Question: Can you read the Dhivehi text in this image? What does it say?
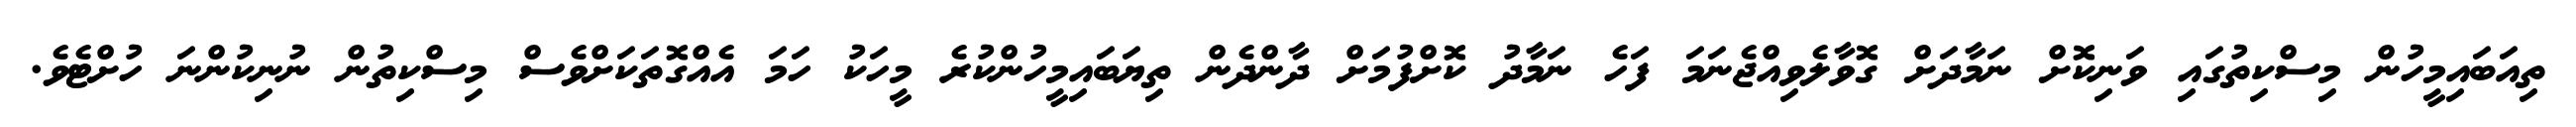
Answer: ތިއަބައިމީހުން މިސްކިތުގައި ވަނިކޮށް ނަމާދަށް ގޮވާލެވިއްޖެނަމަ ފަހެ ނަމާދު ކޮށްފުމަށް ދާންދެން ތިޔަބައިމީހުންކުރެ މީހަކު ހަމަ އެއްގޮތަކަށްވެސް މިސްކިތުން ނުނިކުންނަ ހުށްޓެވެ.